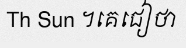
Th Sun ។គេជៀថា